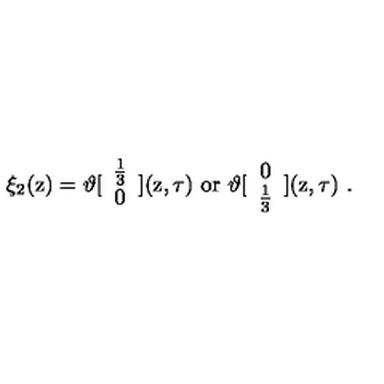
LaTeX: \xi _ { 2 } ( \mathrm { z } ) = \vartheta [ \begin{array} { c } { \frac { 1 } { 3 } } \\ { 0 } \\ \end{array} ] ( \mathrm { z } , \tau ) \ \mathrm { o r \ } \vartheta [ \begin{array} { c } { 0 } \\ { \frac { 1 } { 3 } } \\ \end{array} ] ( \mathrm { z } , \tau ) \ .